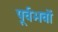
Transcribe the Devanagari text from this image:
पूर्वभवों